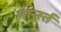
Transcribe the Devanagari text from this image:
नार्न्स्त